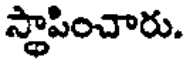
స్థాపించారు.